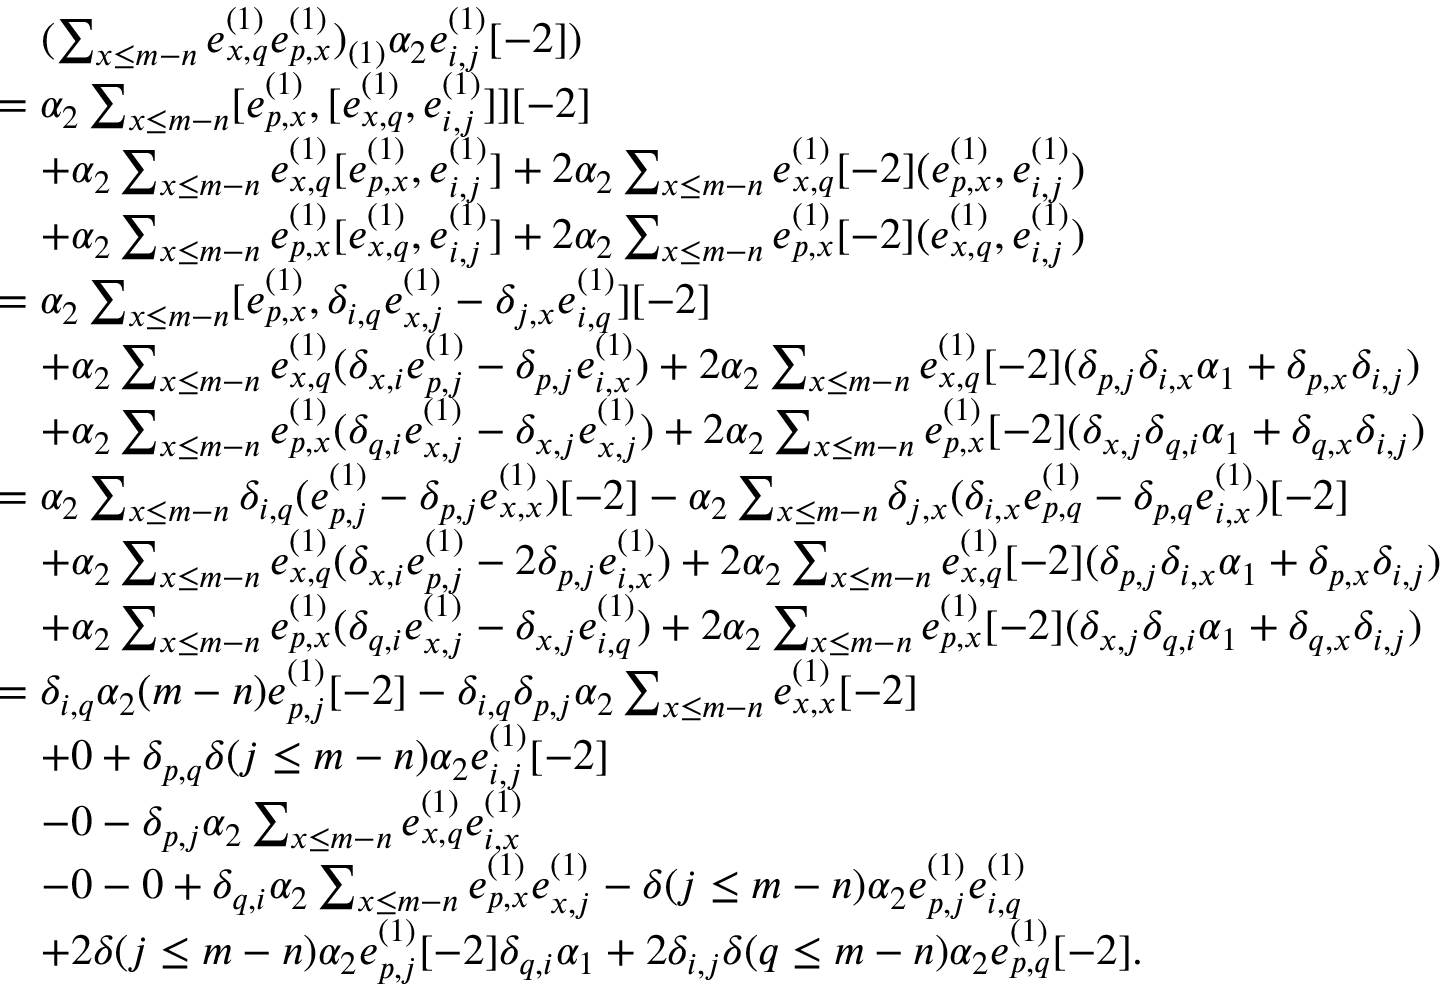
\begin{array} { r l } & { \quad ( \sum _ { x \leq m - n } e _ { x , q } ^ { ( 1 ) } e _ { p , x } ^ { ( 1 ) } ) _ { ( 1 ) } \alpha _ { 2 } e _ { i , j } ^ { ( 1 ) } [ - 2 ] ) } \\ & { = \alpha _ { 2 } \sum _ { x \leq m - n } [ e _ { p , x } ^ { ( 1 ) } , [ e _ { x , q } ^ { ( 1 ) } , e _ { i , j } ^ { ( 1 ) } ] ] [ - 2 ] } \\ & { \quad + \alpha _ { 2 } \sum _ { x \leq m - n } e _ { x , q } ^ { ( 1 ) } [ e _ { p , x } ^ { ( 1 ) } , e _ { i , j } ^ { ( 1 ) } ] + 2 \alpha _ { 2 } \sum _ { x \leq m - n } e _ { x , q } ^ { ( 1 ) } [ - 2 ] ( e _ { p , x } ^ { ( 1 ) } , e _ { i , j } ^ { ( 1 ) } ) } \\ & { \quad + \alpha _ { 2 } \sum _ { x \leq m - n } e _ { p , x } ^ { ( 1 ) } [ e _ { x , q } ^ { ( 1 ) } , e _ { i , j } ^ { ( 1 ) } ] + 2 \alpha _ { 2 } \sum _ { x \leq m - n } e _ { p , x } ^ { ( 1 ) } [ - 2 ] ( e _ { x , q } ^ { ( 1 ) } , e _ { i , j } ^ { ( 1 ) } ) } \\ & { = \alpha _ { 2 } \sum _ { x \leq m - n } [ e _ { p , x } ^ { ( 1 ) } , \delta _ { i , q } e _ { x , j } ^ { ( 1 ) } - \delta _ { j , x } e _ { i , q } ^ { ( 1 ) } ] [ - 2 ] } \\ & { \quad + \alpha _ { 2 } \sum _ { x \leq m - n } e _ { x , q } ^ { ( 1 ) } ( \delta _ { x , i } e _ { p , j } ^ { ( 1 ) } - \delta _ { p , j } e _ { i , x } ^ { ( 1 ) } ) + 2 \alpha _ { 2 } \sum _ { x \leq m - n } e _ { x , q } ^ { ( 1 ) } [ - 2 ] ( \delta _ { p , j } \delta _ { i , x } \alpha _ { 1 } + \delta _ { p , x } \delta _ { i , j } ) } \\ & { \quad + \alpha _ { 2 } \sum _ { x \leq m - n } e _ { p , x } ^ { ( 1 ) } ( \delta _ { q , i } e _ { x , j } ^ { ( 1 ) } - \delta _ { x , j } e _ { x , j } ^ { ( 1 ) } ) + 2 \alpha _ { 2 } \sum _ { x \leq m - n } e _ { p , x } ^ { ( 1 ) } [ - 2 ] ( \delta _ { x , j } \delta _ { q , i } \alpha _ { 1 } + \delta _ { q , x } \delta _ { i , j } ) } \\ & { = \alpha _ { 2 } \sum _ { x \leq m - n } \delta _ { i , q } ( e _ { p , j } ^ { ( 1 ) } - \delta _ { p , j } e _ { x , x } ^ { ( 1 ) } ) [ - 2 ] - \alpha _ { 2 } \sum _ { x \leq m - n } \delta _ { j , x } ( \delta _ { i , x } e _ { p , q } ^ { ( 1 ) } - \delta _ { p , q } e _ { i , x } ^ { ( 1 ) } ) [ - 2 ] } \\ & { \quad + \alpha _ { 2 } \sum _ { x \leq m - n } e _ { x , q } ^ { ( 1 ) } ( \delta _ { x , i } e _ { p , j } ^ { ( 1 ) } - 2 \delta _ { p , j } e _ { i , x } ^ { ( 1 ) } ) + 2 \alpha _ { 2 } \sum _ { x \leq m - n } e _ { x , q } ^ { ( 1 ) } [ - 2 ] ( \delta _ { p , j } \delta _ { i , x } \alpha _ { 1 } + \delta _ { p , x } \delta _ { i , j } ) } \\ & { \quad + \alpha _ { 2 } \sum _ { x \leq m - n } e _ { p , x } ^ { ( 1 ) } ( \delta _ { q , i } e _ { x , j } ^ { ( 1 ) } - \delta _ { x , j } e _ { i , q } ^ { ( 1 ) } ) + 2 \alpha _ { 2 } \sum _ { x \leq m - n } e _ { p , x } ^ { ( 1 ) } [ - 2 ] ( \delta _ { x , j } \delta _ { q , i } \alpha _ { 1 } + \delta _ { q , x } \delta _ { i , j } ) } \\ & { = \delta _ { i , q } \alpha _ { 2 } ( m - n ) e _ { p , j } ^ { ( 1 ) } [ - 2 ] - \delta _ { i , q } \delta _ { p , j } \alpha _ { 2 } \sum _ { x \leq m - n } e _ { x , x } ^ { ( 1 ) } [ - 2 ] } \\ & { \quad + 0 + \delta _ { p , q } \delta ( j \leq m - n ) \alpha _ { 2 } e _ { i , j } ^ { ( 1 ) } [ - 2 ] } \\ & { \quad - 0 - \delta _ { p , j } \alpha _ { 2 } \sum _ { x \leq m - n } e _ { x , q } ^ { ( 1 ) } e _ { i , x } ^ { ( 1 ) } } \\ & { \quad - 0 - 0 + \delta _ { q , i } \alpha _ { 2 } \sum _ { x \leq m - n } e _ { p , x } ^ { ( 1 ) } e _ { x , j } ^ { ( 1 ) } - \delta ( j \leq m - n ) \alpha _ { 2 } e _ { p , j } ^ { ( 1 ) } e _ { i , q } ^ { ( 1 ) } } \\ & { \quad + 2 \delta ( j \leq m - n ) \alpha _ { 2 } e _ { p , j } ^ { ( 1 ) } [ - 2 ] \delta _ { q , i } \alpha _ { 1 } + 2 \delta _ { i , j } \delta ( q \leq m - n ) \alpha _ { 2 } e _ { p , q } ^ { ( 1 ) } [ - 2 ] . } \end{array}